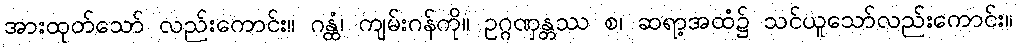
အားထုတ်သော် လည်းကောင်း။ ဂန္ထံ၊ ကျမ်းဂန်ကို။ ဥဂ္ဂဏှန္တဿ စ၊ ဆရာ့အထံ၌ သင်ယူသော်လည်းကောင်း။